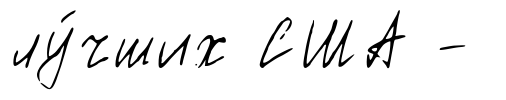
лу́чших США -